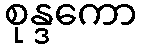
စုန္ဒကော